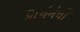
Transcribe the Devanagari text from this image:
प्रार्थनेची